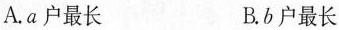
A.a户最长 B.b户最长